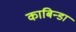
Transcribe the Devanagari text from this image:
काबिन्डा